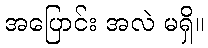
အပြောင်း အလဲ မရှိ။